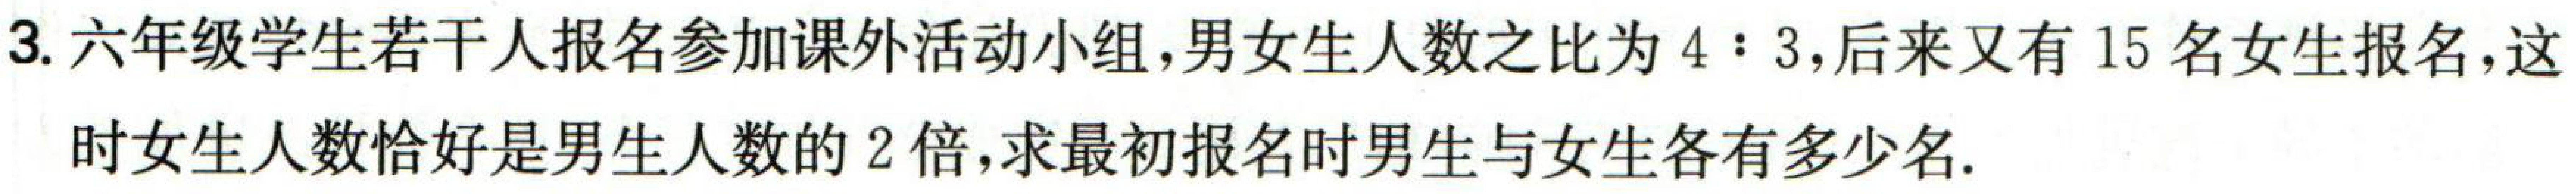
3. 六年级学生若干人报名参加课外活动小组，男女生人数之比为\(4:3\)，后来又有\(15\)名女生报名，这
时女生人数恰好是男生人数的\(2\)倍，求最初报名时男生与女生各有多少名.